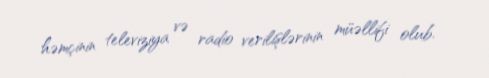
həmçinin televiziya və radio verilişlərinin müəllifi olub.